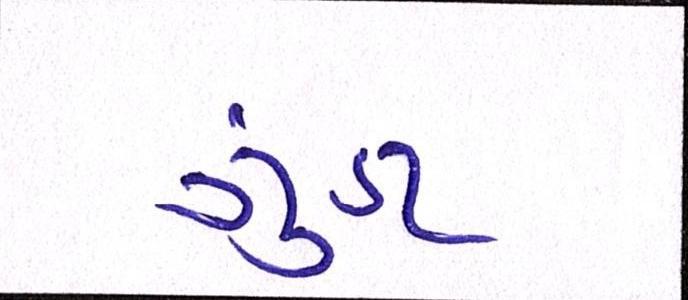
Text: ગુંડા